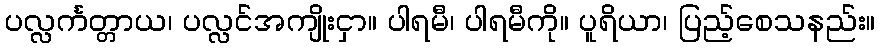
ပလ္လင်္ကတ္တာယ၊ ပလ္လင်အကျိုးငှာ။ ပါရမီ၊ ပါရမီကို။ ပူရိယာ၊ ပြည့်စေသနည်း။